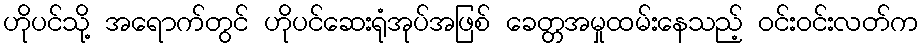
ဟိုပင်သို့ အရောက်တွင် ဟိုပင်ဆေးရုံအုပ်အဖြစ် ခေတ္တအမှုထမ်းနေသည့် ဝင်းဝင်းလတ်က